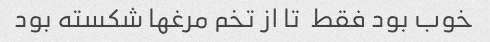
خوب بود فقط  تا از تخم مرغها شکسته بود